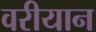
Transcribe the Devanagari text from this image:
वरीयान